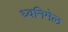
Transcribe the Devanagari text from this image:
ध्वनिमेल